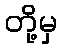
တို့မှ